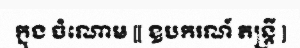
ក្នុង ចំណោម [[ ឧបករណ៍ តន្ត្រី ]